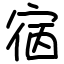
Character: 㝛